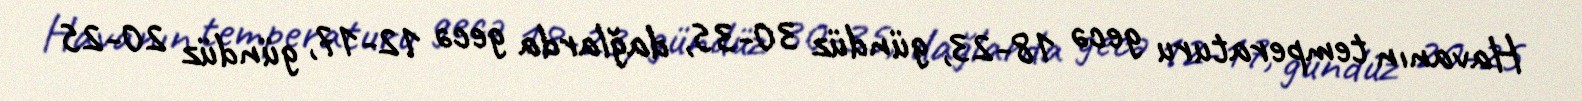
Havanın temperaturu gecə 18-23, gündüz 30-35, dağlarda gecə 12-17, gündüz 20-25